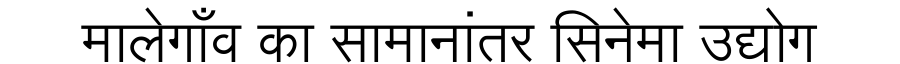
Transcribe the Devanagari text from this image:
मालेगाँव का सामानांतर सिनेमा उद्योग